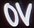
Text: 0V